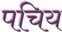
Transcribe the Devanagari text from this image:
पचिय